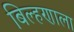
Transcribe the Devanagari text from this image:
बिल्हणाला